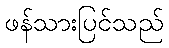
ဖန်သားပြင်သည်